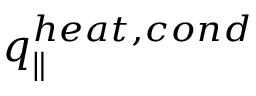
q _ { \parallel } ^ { h e a t , c o n d }